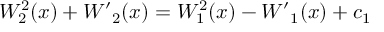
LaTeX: W _ { 2 } ^ { 2 } ( x ) + { W ^ { \prime } } _ { 2 } ( x ) = W _ { 1 } ^ { 2 } ( x ) - { W ^ { \prime } } _ { 1 } ( x ) + c _ { 1 }